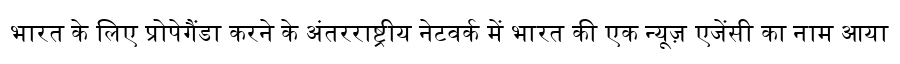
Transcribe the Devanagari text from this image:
भारत के लिए प्रोपेगैंडा करने के अंतरराष्ट्रीय नेटवर्क में भारत की एक न्यूज़ एजेंसी का नाम आया